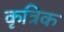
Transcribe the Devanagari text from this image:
कृत्रिक